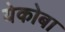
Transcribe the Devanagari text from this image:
येकोबा